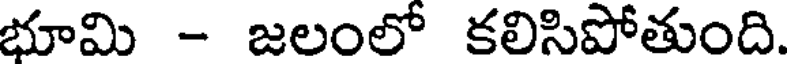
భూమి - జలంలో కలిసిపోతుంది.